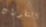
التطورات